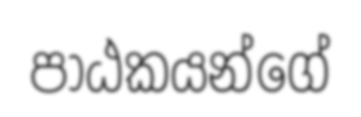
පාඨකයන්ගේ